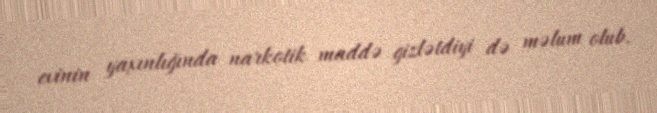
evinin yaxınlığında narkotik maddə gizlətdiyi də məlum olub.